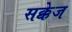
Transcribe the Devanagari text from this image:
सक्केज